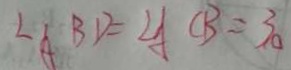
\angle A B D = \angle A C B = 3 0